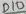
Text: D10